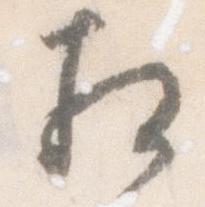
相